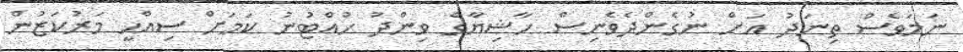
ނަމަވެސް ތިނަދު އަށް ނުގެންދެވެނިސް ހާޝިޔާގެ ވިންދު ހުއްޓުނު ކަމަށް ސިއްހީ މަރުކަޒުން